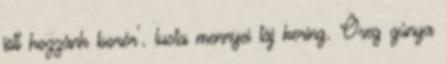
jött hozzánk borér´. lusta mennyei táj kering. Öreg gúnya